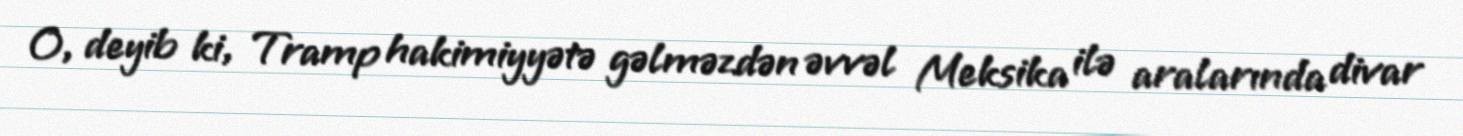
O, deyib ki, Tramp hakimiyyətə gəlməzdən əvvəl Meksika ilə aralarında divar